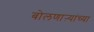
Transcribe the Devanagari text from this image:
बोलणाऱ्यांच्या